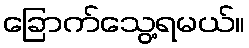
ခြောက်သွေ့ရမယ်။